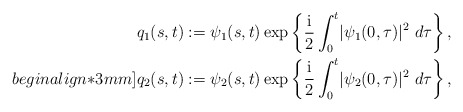
\begin{align*}q_{1}(s,t)&:=\psi_{1}(s,t)\exp \left\{ \frac{{\rm i}}{2} \int^{t}_{0}\lvert\psi_{1}(0,\tau )\rvert^{2} \ d\tau \right\}, \\begin{align*}3mm] q_{2}(s,t)&:= \psi_{2}(s,t)\exp \left\{ \frac{{\rm i}}{2} \int^{t}_{0}\lvert \psi_{2}(0,\tau )\rvert ^{2} \ d\tau \right\},\end{align*}